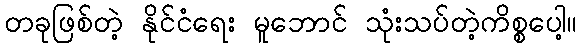
တခုဖြစ်တဲ့ နိုင်ငံရေး မူဘောင် သုံးသပ်တဲ့ကိစ္စပေါ့။